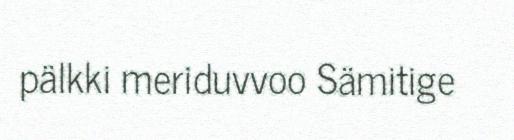
pälkki meriduvvoo Sämitige